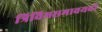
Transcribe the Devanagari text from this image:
त्रिविमसमावयवी